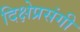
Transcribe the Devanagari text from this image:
दिक्षेप्रसंगी